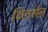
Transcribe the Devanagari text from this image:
टिलर्सन